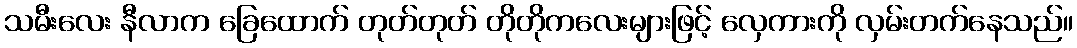
သမီးလေး နီလာက ခြေထောက် တုတ်တုတ် တိုတိုကလေးများဖြင့် လှေကားကို လှမ်းတက်နေသည်။